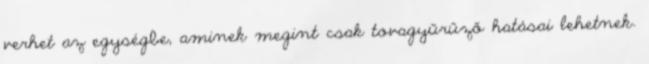
verhet az egységbe, aminek megint csak tovagyűrűző hatásai lehetnek.